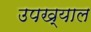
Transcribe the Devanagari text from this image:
उपख्याल